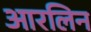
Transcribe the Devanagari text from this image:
आरलिन